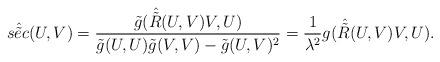
LaTeX: \begin{align*}\hat{\tilde{sec}}(U, V)= \frac{\tilde{g}(\hat{\tilde{R}}(U,V)V, U)}{\tilde{g}(U, U) \tilde{g}(V, V)- \tilde{g}(U, V)^2 } = \frac{1}{\lambda^2} g(\hat{\tilde{R}}(U,V)V, U).\end{align*}